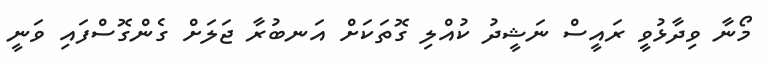
މޯނާ ވިދާޅުވީ ރައީސް ނަޝީދު ކުއްލި ގޮތަކަށް އަނބުރާ ޖަލަށް ގެންގޮސްފައި ވަނީ